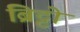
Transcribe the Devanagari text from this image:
ब्रिट्टो